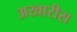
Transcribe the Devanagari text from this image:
अखारीस